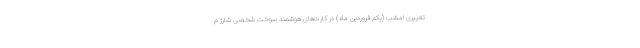
تغییری امشب (یکم فروردین ماه) در کارت‌های هوشمند سوخت شخصی شارژ م